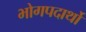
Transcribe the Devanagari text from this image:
भोगपदार्थो